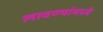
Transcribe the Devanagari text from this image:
लावण्यांमध्ये